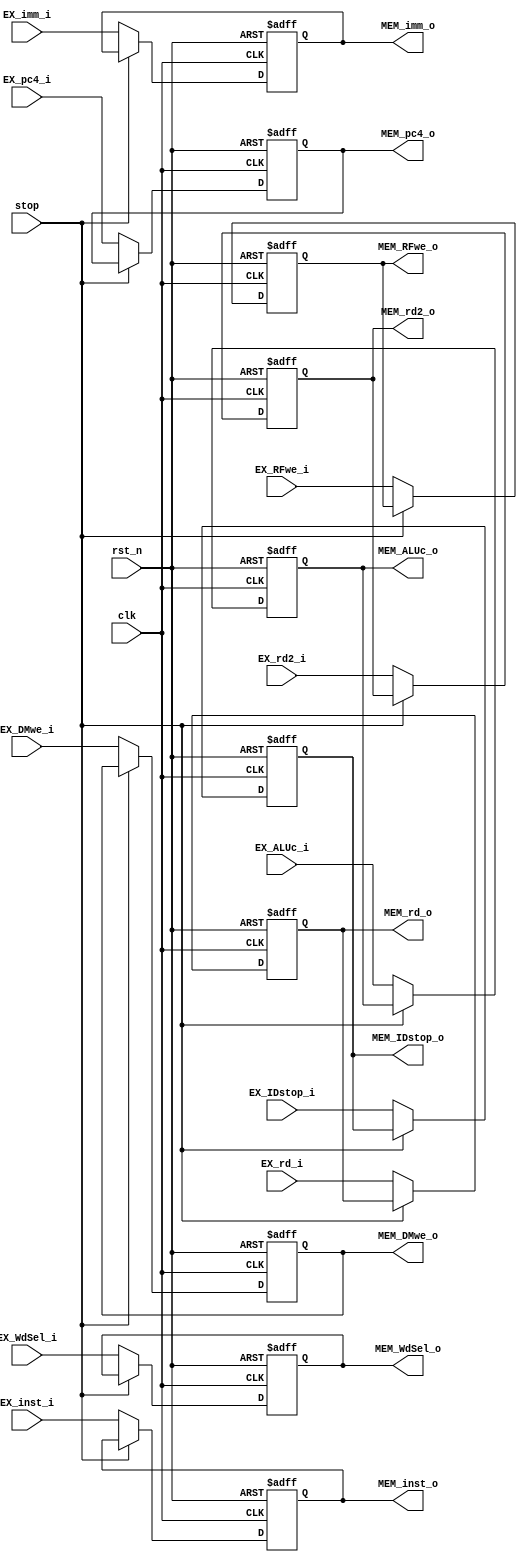
module EX_MEM_reg (
    input clk,
    input rst_n,
    input stop,
    input [1:0] EX_WdSel_i,
    input EX_DMwe_i,
    input EX_RFwe_i,
    input [31:0] EX_pc4_i,
    input [31:0] EX_ALUc_i,
    input [31:0] EX_imm_i,
    input [31:0] EX_rd2_i,
    input [4:0] EX_rd_i,
    input [31:0] EX_inst_i,
    input EX_IDstop_i,
    output reg [1:0] MEM_WdSel_o,
    output reg MEM_DMwe_o,
    output reg MEM_RFwe_o,
    output reg [31:0] MEM_pc4_o,
    output reg [31:0] MEM_ALUc_o,
    output reg [31:0] MEM_imm_o,
    output reg [31:0] MEM_rd2_o,
    output reg [4:0] MEM_rd_o,
    output reg [31:0] MEM_inst_o,
    output reg MEM_IDstop_o
);

always @(posedge clk or negedge rst_n) begin
    if (~rst_n) begin
        MEM_WdSel_o <= 2'b0;
        MEM_DMwe_o <= 1'b0;
        MEM_RFwe_o <= 1'b0;
        MEM_pc4_o <= 32'b0;
        MEM_ALUc_o <= 32'b0;
        MEM_imm_o <= 32'b0;
        MEM_rd2_o <= 32'b0;
        MEM_rd_o <= 5'b0;
        MEM_inst_o <= 32'b0;
        MEM_IDstop_o <= 1'b0;
    end
    else if (stop) begin
        MEM_WdSel_o <= MEM_WdSel_o;
        MEM_DMwe_o <= MEM_DMwe_o;
        MEM_RFwe_o <= MEM_RFwe_o;
        MEM_pc4_o <= MEM_pc4_o;
        MEM_ALUc_o <= MEM_ALUc_o;
        MEM_imm_o <= MEM_imm_o;
        MEM_rd2_o <= MEM_rd2_o;
        MEM_rd_o <= MEM_rd_o;
        MEM_inst_o <= MEM_inst_o;
        MEM_IDstop_o <= MEM_IDstop_o;
    end
    else begin
        MEM_WdSel_o <= EX_WdSel_i;
        MEM_DMwe_o <= EX_DMwe_i;
        MEM_RFwe_o <= EX_RFwe_i;
        MEM_pc4_o <= EX_pc4_i;
        MEM_ALUc_o <= EX_ALUc_i;
        MEM_imm_o <= EX_imm_i;
        MEM_rd2_o <= EX_rd2_i;
        MEM_rd_o <= EX_rd_i;
        MEM_inst_o <= EX_inst_i;
        MEM_IDstop_o <= EX_IDstop_i;
    end
end

endmodule